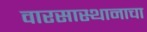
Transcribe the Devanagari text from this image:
वारसास्थानाचा